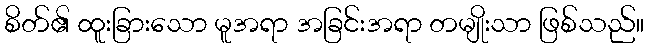
စိတ်၏ ထူးခြားသော မူအရာ အခြင်းအရာ တမျိုးသာ ဖြစ်သည်။